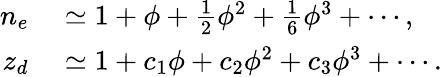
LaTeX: \begin{array}{rl}{n_{e}}&{{}\simeq 1+\phi+\frac{1}{2}\phi^{2}+\frac{1}{6}\phi^{3}+\cdots,}\\ {z_{d}}&{{}\simeq 1+c_{1}\phi+c_{2}\phi^{2}+c_{3}\phi^{3}+\cdots.}\end{array}